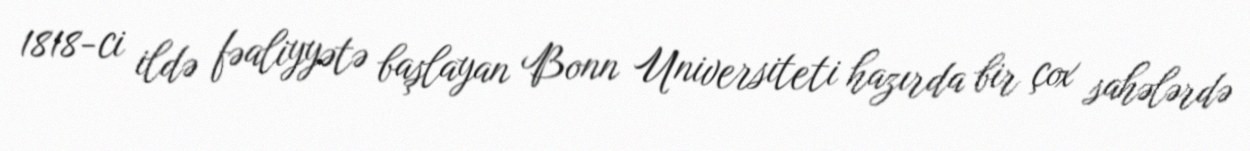
1818-ci ildə fəaliyyətə başlayan Bonn Universiteti hazırda bir çox sahələrdə